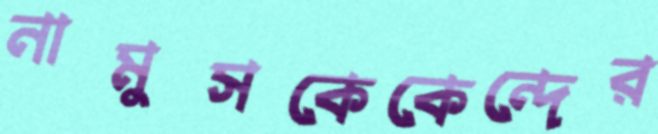
নামুসকেকেন্দের